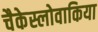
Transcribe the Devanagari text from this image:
चैकेस्लोवाकिया